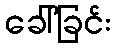
ခေါ်ခြင်း